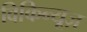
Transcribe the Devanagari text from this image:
विकिन्यूज़